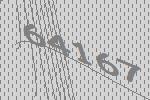
64167